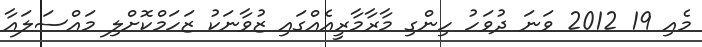
މެއި 19 2012 ވަނަ ދުވަހު ހިންގި މާރާމާރީއެއްގައި ޒުވާނަކު ޒަހަމްކޮށްލި މައްސަލައާ